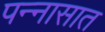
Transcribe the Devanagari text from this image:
पन्‍नासात